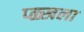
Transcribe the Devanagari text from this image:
प्ळ्खला